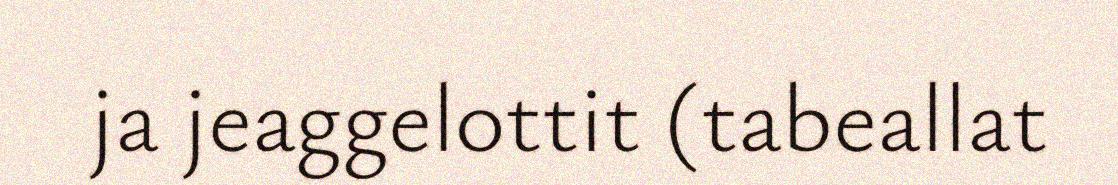
ja jeaggelottit (tabeallat